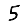
Digit: 5